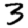
Digit: 3